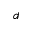
{ _ d }